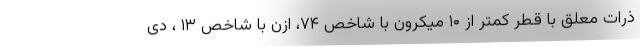
ذرات معلق با قطر کمتر از ۱۰ میکرون با شاخص ۷۴، ازن با شاخص ۱۳ ، دی